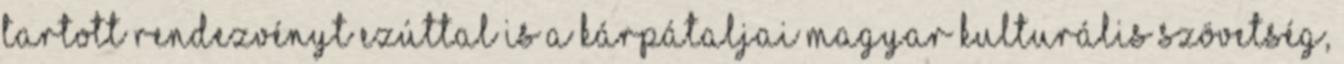
tartott rendezvényt ezúttal is a Kárpátaljai Magyar Kulturális Szövetség,